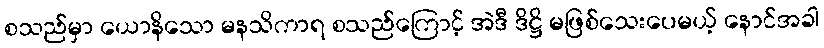
စသည်မှာ ယောနိသော မနသိကာရ စသည်ကြောင့် အဲဒီ ဒိဋ္ဌိ မဖြစ်သေးပေမယ့် နောင်အခါ